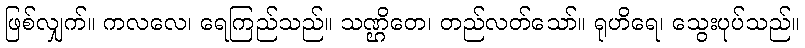
ဖြစ်လျှက်။ ကလလေ၊ ရေကြည်သည်။ သဏ္ဌိတေ၊ တည်လတ်သော်။ ရုဟိရေ၊ သွေးပုပ်သည်။